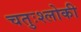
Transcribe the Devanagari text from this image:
चतुःश्लोकी